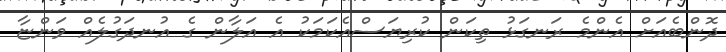
ދޮންބެއަށް އެންމެ ރަނގަޅު ތިކަން ކުރިޔަސްއެކަމަކު އެ އަލާން ގެ އުނދަގުލެއް ވަންޏާ